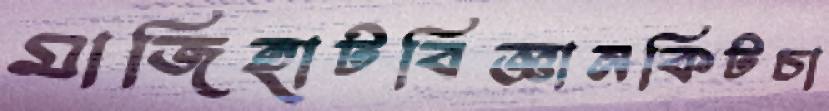
মাজিহাটবিজ্ঞানকিটচা